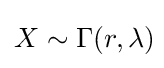
X\sim \Gamma (r,\lambda )\!